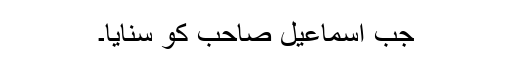
جب اسماعیل صاحب کو سُنایا۔